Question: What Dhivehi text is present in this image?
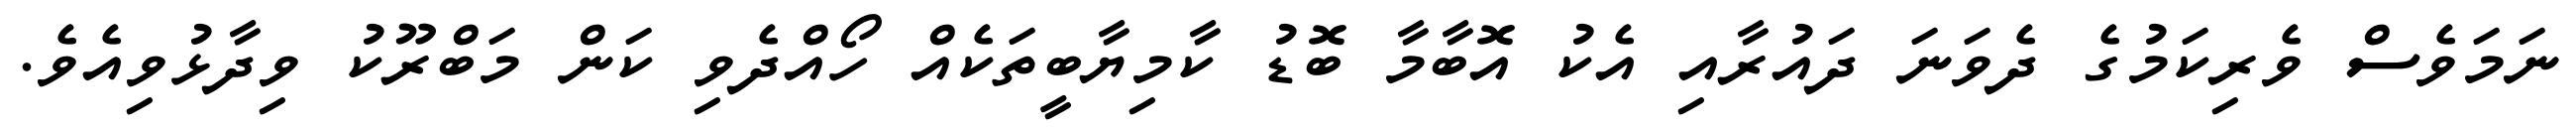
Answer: ނަމަވެސް ވެރިކަމުގެ ދެވަނަ ދައުރާއި އެކު އޮބާމާ ބޮޑު ކާމިޔާބީތަކެއް ހޯއްދެވި ކަން މަބްރޫކު ވިދާޅުވިއެވެ.